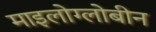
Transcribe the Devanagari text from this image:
माइलोग्लोबीन